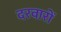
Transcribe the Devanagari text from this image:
दरवारों